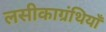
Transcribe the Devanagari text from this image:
लसीकाग्रंथियाँ